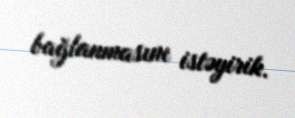
bağlanmasını istəyirik.